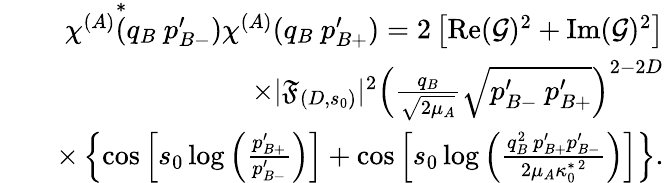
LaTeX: \begin{array}{rlr}&{}&{\chi^{(A)}\overset{*}{(}q_{B}\ p_{B-}^{\prime})\chi^{(A)}(q_{B}\ p_{B+}^{\prime})=2\left[\operatorname{Re}(\mathcal{G})^{2}+\operatorname{Im}(\mathcal{G})^{2}\right]}\\ &{}&{\times|\mathfrak{F}_{(D,s_{0})}|^{2}\left(\frac{q_{B}}{\sqrt{2\mu_{A}}}\sqrt{p_{B-}^{\prime}\ p_{B+}^{\prime}}\right)^{2-2D}}\\ &{}&{\times\left\{ \cos\left[s_{0}\log\left(\frac{p_{B+}^{\prime}}{p_{B-}^{\prime}}\right)\right]+\cos\left[s_{0}\log\left(\frac{q_{B}^{2}\ p_{B+}^{\prime}p_{B-}^{\prime}}{2\mu_{A}\kappa_{0}^{*\ 2}}\right)\right]\right\} .}\end{array}